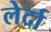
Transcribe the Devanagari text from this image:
लेर्दा